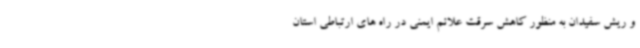
و ریش سفیدان به منظور کاهش سرقت علائم ایمنی در راه های ارتباطی استان